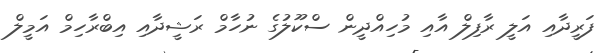
ފަރީދާއި އަލީ ރާފިލް އާއި މުހިއްދީން ސްކޫލުގެ ނުހާމް ރަޝީދާއި އިބްރާހިމް އަމީލް